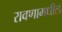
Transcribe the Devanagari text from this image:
रावणामधील